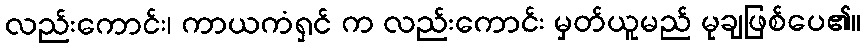
လည်းကောင်း၊ ကာယကံရှင် က လည်းကောင်း မှတ်ယူမည် မုချဖြစ်ပေ၏။